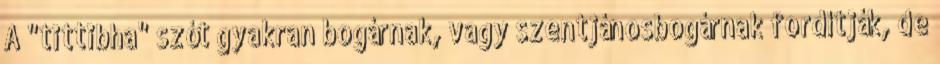
A "tittibha" szót gyakran bogárnak, vagy szentjánosbogárnak fordítják, de